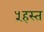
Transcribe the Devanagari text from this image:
५हस्त